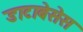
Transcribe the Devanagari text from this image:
डाटाबेसेस